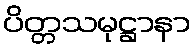
ပိတ္တသမုဋ္ဌာနာ